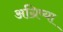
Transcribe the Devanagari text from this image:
अग्रिष्या